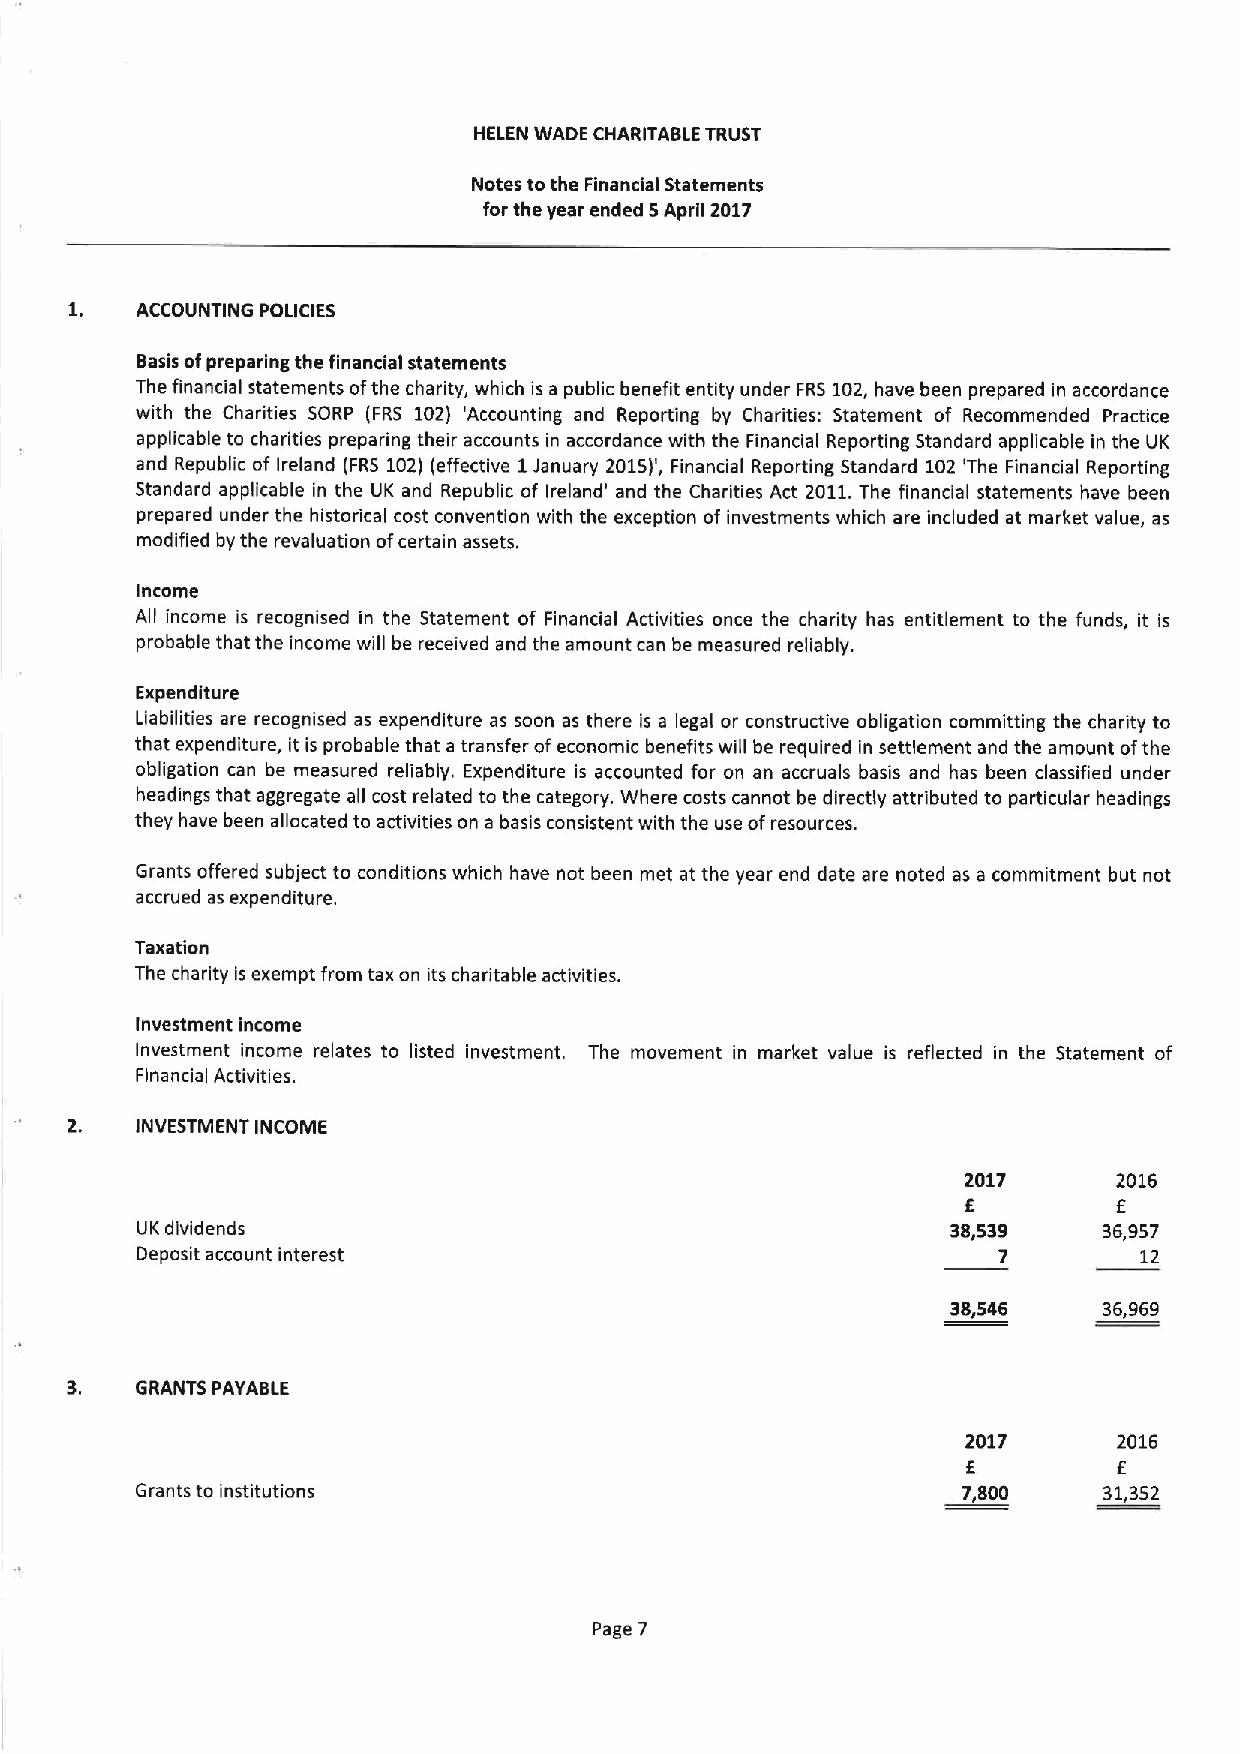
HELEN WADE CHARITABLE TRUST
 Notes tothe Financial Statements
 for the year ended 5April 2017
 ACCOUNTING POLICIES
 Basis ofpreparing the financial statements
 The financial statements ofthe charity, which is a public benefit entity under FRS 102,have been prepared in accordance
 with the Charities SORP (FRS 102) 'Accounting and Reporting by Charities: Statement of Recommended Practice
 applicable to charities preparing their accounts in accordance with the Financial Reporting Standard applicable in the UK
 and Republic of Ireland (FRS 102)(effective 1January 2015)', Financial Reporting Standard 102 'The Financial Reporting
 Standard applicable in the UK and Republic of Ireland' and the Charities Act 2011.The financial statements have been
 prepared under the historical cost convention with the exception of investments which are included at market value, as
 modified by the revaluation ofcertain assets.
 Income
 All income is recognised in the Statement of Financial Activities once the charity has entitlement to the funds, it is
 probable that the income will be received and the amount can be measured reliably.
 Expenditure
 Liabilities are recognised as expenditure as soon as there is a legal or constructive obligation committing the charity to
 that expenditure, it is probable that a transfer ofeconomic benefits will be required in settlement and the amount ofthe
 obligation can be measured reliably. Expenditure is accounted for on an accruals basis and has been classified under
 headings that aggregate all cost related to the category. Where costs cannot be directly attributed to particular headings
 they have been allocated to activities on a basis consistent with the use ofresources.
 Grants offered subject to conditions which have not been met at the year end date are noted as a commitment but not
 accrued as expenditure.
 Taxation
 The charity is exempt from tax on its charitable activities.
 Investment Income
 Investment income relates to listed investment. The movement in market value is reflected in the Statement of
 Financial Activities.
 INVESTMENT INCOME
 2017      2016
 E         E
 UK dividends                                          38,539    36,957
 Deposit account interest                                 7        12
 38,546    36,969
 3.   GRANTS PAYABLE
 2017      2016
 f
 E
 Grants to institutions                                 7,800    31,352
 Page 7